Mental hospitals Bombay report 1921-28 - 1921-1928
Year: 1921
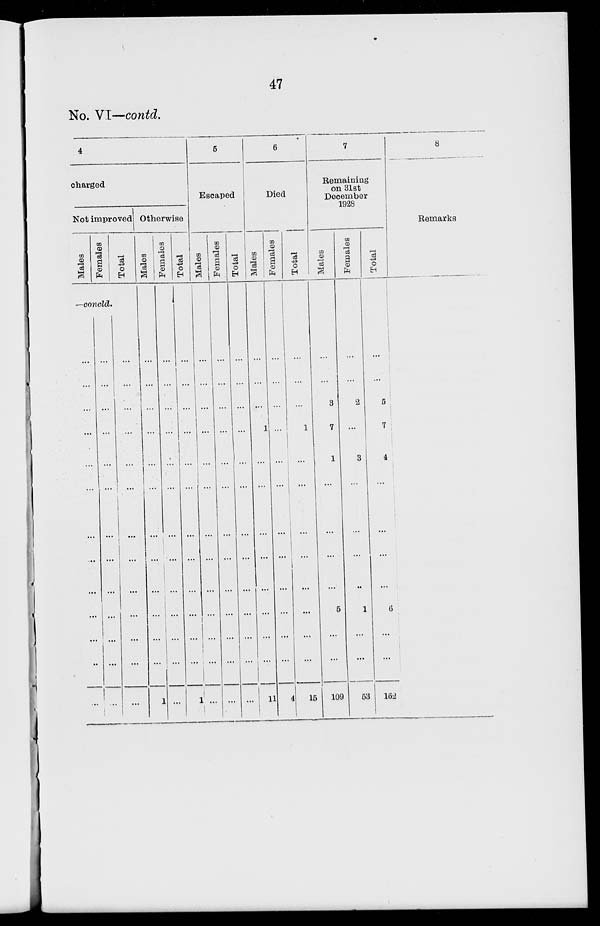
47
No. VI—contd.
4
charged
Not improved
Males
Females
Total
—concld.
...
...
...
...
...
...
...
...
...
...
...
...
...
...
...
...
...
...
...
...
...
...
...
...
...
...
...
...
...
...
...
...
...
...
...
...
...
...
...
Otherwise
Males
...
...
...
...
...
...
...
...
...
...
...
...
1
Females
...
...
...
...
...
...
...
...
...
...
...
...
...
Total
...
...
...
...
...
...
...
...
...
...
...
...
1
5
Escaped
Males
...
...
...
...
...
...
...
...
...
...
...
...
...
Females
...
...
...
...
...
...
...
...
...
...
...
...
...
Total
...
...
...
...
...
...
...
...
...
...
...
...
...
6
Died
Males
...
...
...
1
...
...
...
...
...
...
...
...
11
Females
...
...
...
...
...
...
...
...
...
...
...
...
4
Total
...
...
...
1
...
...
...
...
...
...
...
...
15
7
Remaining
on 31st
December
1928
Males
...
...
3
7
1
...
...
...
...
5
...
...
109
Females
...
...
2
...
3
...
...
...
...
1
...
...
53
Total
...
...
5
7
4
...
...
...
...
6
...
...
162
8
Remarks